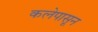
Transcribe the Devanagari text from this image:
कलेपासून